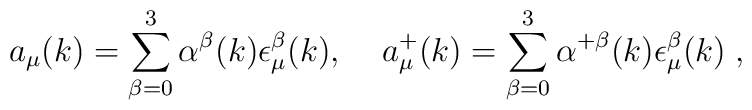
a_\mu(k)=\sum_{\beta=0}^3 \alpha^\beta (k)\epsilon_{\mu}^\beta (k),\;\;\;\;a_{\mu}^+(k)=\sum_{\beta=0}^3 \alpha^{+\beta}(k)\epsilon_{\mu}^\beta(k) \; ,